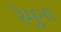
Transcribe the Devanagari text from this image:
रेमुना